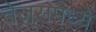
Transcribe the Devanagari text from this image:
तेजसमध्ये